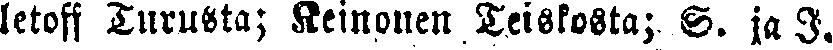
letoff Turusta; Keinonen Teiskosta; S. ja J.